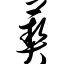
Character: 葜